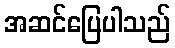
အဆင်ပြေပါသည်